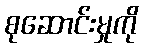
စုဆောင်းမှုကို